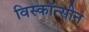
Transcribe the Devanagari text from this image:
विस्कॉन्सीन